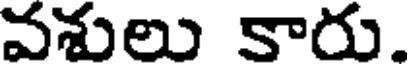
వశులు కారు.